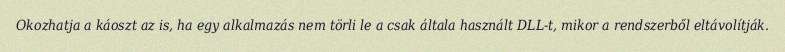
Okozhatja a káoszt az is, ha egy alkalmazás nem törli le a csak általa használt DLL-t, mikor a rendszerből eltávolítják.